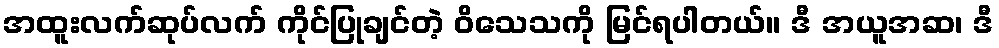
အထူးလက်ဆုပ်လက် ကိုင်ပြုချင်တဲ့ ဝိသေသကို မြင်ရပါတယ်။ ဒီ အယူအဆ၊ ဒီ